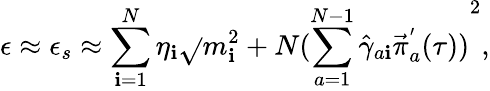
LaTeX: \epsilon\approx\epsilon_{s}\approx\sum_{\mathbf{i}=1}^{N}\eta_{\mathbf{i}}\sqrt{}{{m_{\mathbf{i}}^{2}+N{(\sum_{a=1}^{N-1}{\hat{{\gamma}}}_{a\mathbf{i}}{\vec{{\pi}}}_{a}^{'}(\tau))}^{2}}},